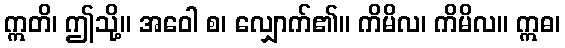
ဣတိ၊ ဤသို့။ အဝေါ စ၊ လျှောက်၏။ ကိမိလ၊ ကိမိလ။ ဣဓ၊